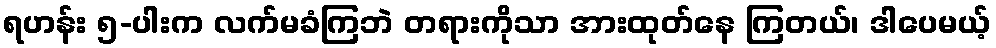
ရဟန်း ၅-ပါးက လက်မခံကြဘဲ တရားကိုသာ အားထုတ်နေ ကြတယ်၊ ဒါပေမယ့်